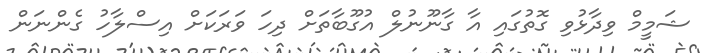
ޝަމީމް ވިދާޅުވި ގޮތުގައި އާ ގާނޫނުލް އުގޫބާތަށް ދިހަ ވަރަކަށް އިސްލާހު ގެންނަން